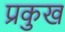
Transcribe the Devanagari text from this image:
प्रकुख